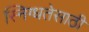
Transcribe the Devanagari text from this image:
स्निग्धतेसाठी